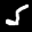
Label: 5